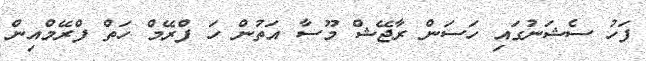
ފަހު ސެޝަނުގައި ހަސަން ރާޖޭޝް މޫސާ އަތުން ހަ ފްރޭމް ހަތް ފްރޭމްއިން